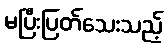
မပြီးပြတ်သေးသည့်